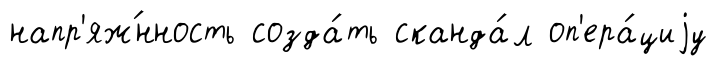
напр'яж́нность созда́ть сканда́л оп'ера́циjу